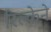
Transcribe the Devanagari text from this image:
रिल्केने